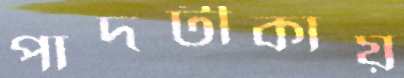
পাদটীকায়